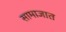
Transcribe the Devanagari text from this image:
सामाजात